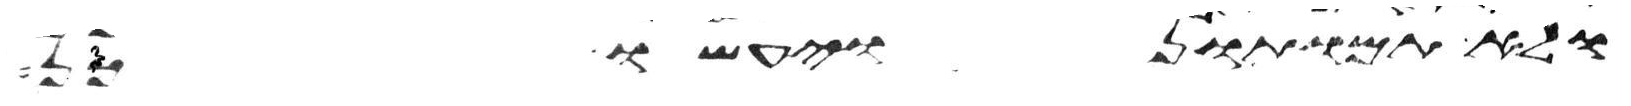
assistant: ולא תמותון ויעשו כן